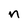
Character: n